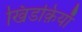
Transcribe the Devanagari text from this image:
खिडक़ियाँ